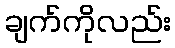
ချက်ကိုလည်း